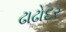
ઢાઢોદર